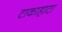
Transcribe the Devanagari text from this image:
टाकाहाटा